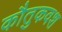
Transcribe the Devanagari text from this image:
कौतुकवश